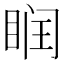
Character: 𥆧